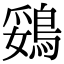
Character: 鵎